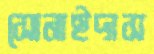
সোনাইদাস